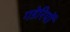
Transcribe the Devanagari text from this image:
गडेरियों